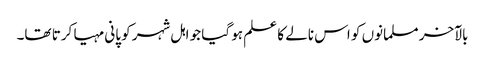
بالآخر مسلمانوں کو اس نالے کا علم ہو گیا جو اہل شہر کو پانی مہیا کرتا تھا۔